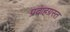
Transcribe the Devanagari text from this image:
प्रदाहग्रस्त